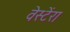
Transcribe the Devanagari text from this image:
वेस्टेंरा